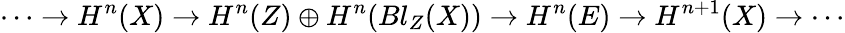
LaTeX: \cdots\to H^{n}(X)\to H^{n}(Z)\oplus H^{n}(Bl_{Z}(X))\to H^{n}(E)\to H^{n+1}(X)\to\cdots